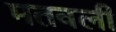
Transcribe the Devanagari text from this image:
मतवली